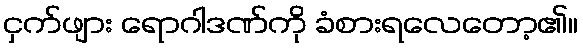
ငှက်ဖျား ရောဂါဒဏ်ကို ခံစားရလေတော့၏။